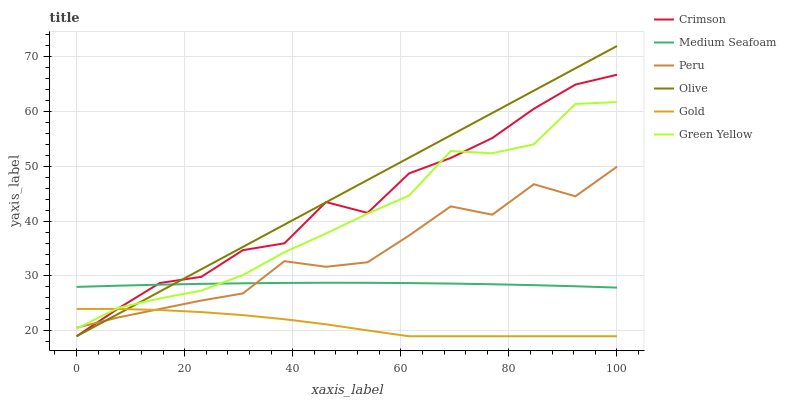
| xaxis_label | Crimson | Medium Seafoam | Peru | Olive | Gold | Green Yellow |
 | --- | --- | --- | --- | --- | --- | --- |
 | 0 | 19 | 28 | 20.5 | 19 | 24 | 20.4 |
 | 7.69 | 24.1 | 28.2 | 22.4 | 23.1 | 24 | 24.2 |
 | 15.4 | 28.7 | 28.4 | 24 | 27.1 | 23.8 | 25.9 |
 | 23.1 | 29.8 | 28.6 | 25.5 | 31.2 | 23.4 | 27.3 |
 | 30.8 | 34.7 | 28.7 | 26.8 | 35.3 | 22.9 | 30.2 |
 | 38.5 | 36 | 28.7 | 32.7 | 39.4 | 22.1 | 34.3 |
 | 46.2 | 43.5 | 28.8 | 31.7 | 43.4 | 21.2 | 37.7 |
 | 53.8 | 41.5 | 28.7 | 32.5 | 47.5 | 20.1 | 41.4 |
 | 61.5 | 48.7 | 28.7 | 37.4 | 51.6 | 19 | 44.7 |
 | 69.2 | 51.5 | 28.6 | 42.7 | 55.7 | 19 | 52.8 |
 | 76.9 | 55.2 | 28.5 | 41.2 | 59.7 | 19 | 52.4 |
 | 84.6 | 60.5 | 28.3 | 46.7 | 63.8 | 19 | 54 |
 | 92.3 | 64.9 | 28.1 | 44.5 | 67.9 | 19 | 61.4 |
 | 100 | 66.7 | 27.9 | 49.9 | 71.9 | 19 | 61.7 |